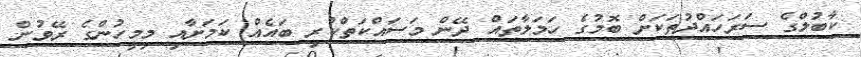
ކާބުލްގެ ސަރަހައްދުތަކަށް ބޮމުގެ ހަމަލާތައް ދޭން މަސައްކަތްކުރި ބައެއް ކަމަށާއި މިމީހުންގެ ރޭވުން